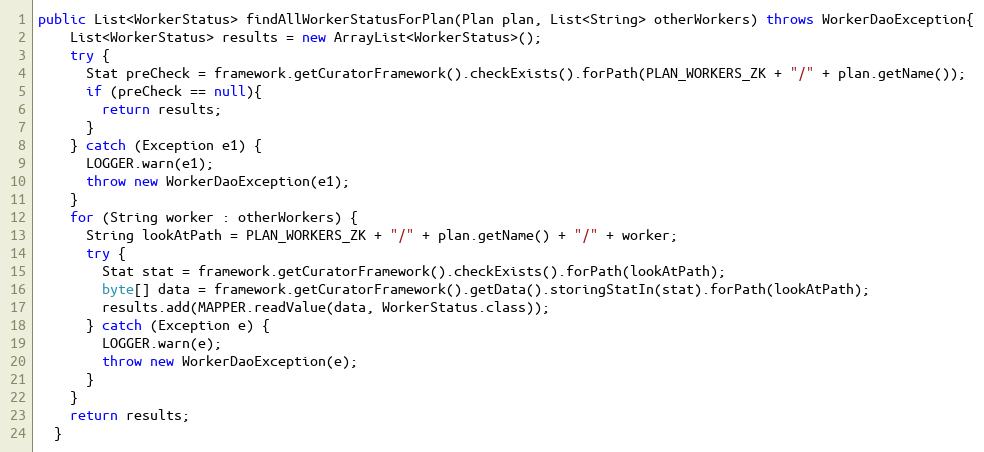
Language: Java
public List<WorkerStatus> findAllWorkerStatusForPlan(Plan plan, List<String> otherWorkers) throws WorkerDaoException{
    List<WorkerStatus> results = new ArrayList<WorkerStatus>();
    try {
      Stat preCheck = framework.getCuratorFramework().checkExists().forPath(PLAN_WORKERS_ZK + "/" + plan.getName());
      if (preCheck == null){
        return results;
      }
    } catch (Exception e1) {
      LOGGER.warn(e1);
      throw new WorkerDaoException(e1);
    }
    for (String worker : otherWorkers) {
      String lookAtPath = PLAN_WORKERS_ZK + "/" + plan.getName() + "/" + worker;
      try {
        Stat stat = framework.getCuratorFramework().checkExists().forPath(lookAtPath);
        byte[] data = framework.getCuratorFramework().getData().storingStatIn(stat).forPath(lookAtPath);
        results.add(MAPPER.readValue(data, WorkerStatus.class));
      } catch (Exception e) {
        LOGGER.warn(e);
        throw new WorkerDaoException(e);
      }
    }
    return results;
  }